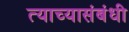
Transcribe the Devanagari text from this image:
त्याच्यासंबंधी